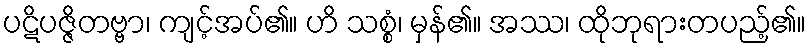
ပဋိပဇ္ဇိတဗ္ဗာ၊ ကျင့်အပ်၏။ ဟိ သစ္စံ၊ မှန်၏။ အဿ၊ ထိုဘုရားတပည့်၏။